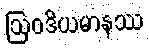
ဩဝဒိယမာနဿ